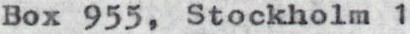
Box 955, Stockholm 1